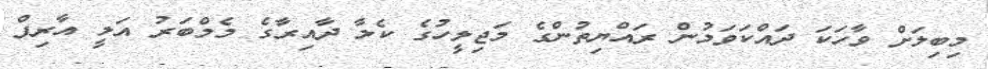
މިބިލަށް ވާހަކަ ދައްކަވަމުން ރައްޔިތުންގެ މަޖިލީހުގެ ކެލާ ދާއިރާގެ މެމްބަރު އަލީ އާރިފް